Kaarli_hariduselts_Sade, lk 42
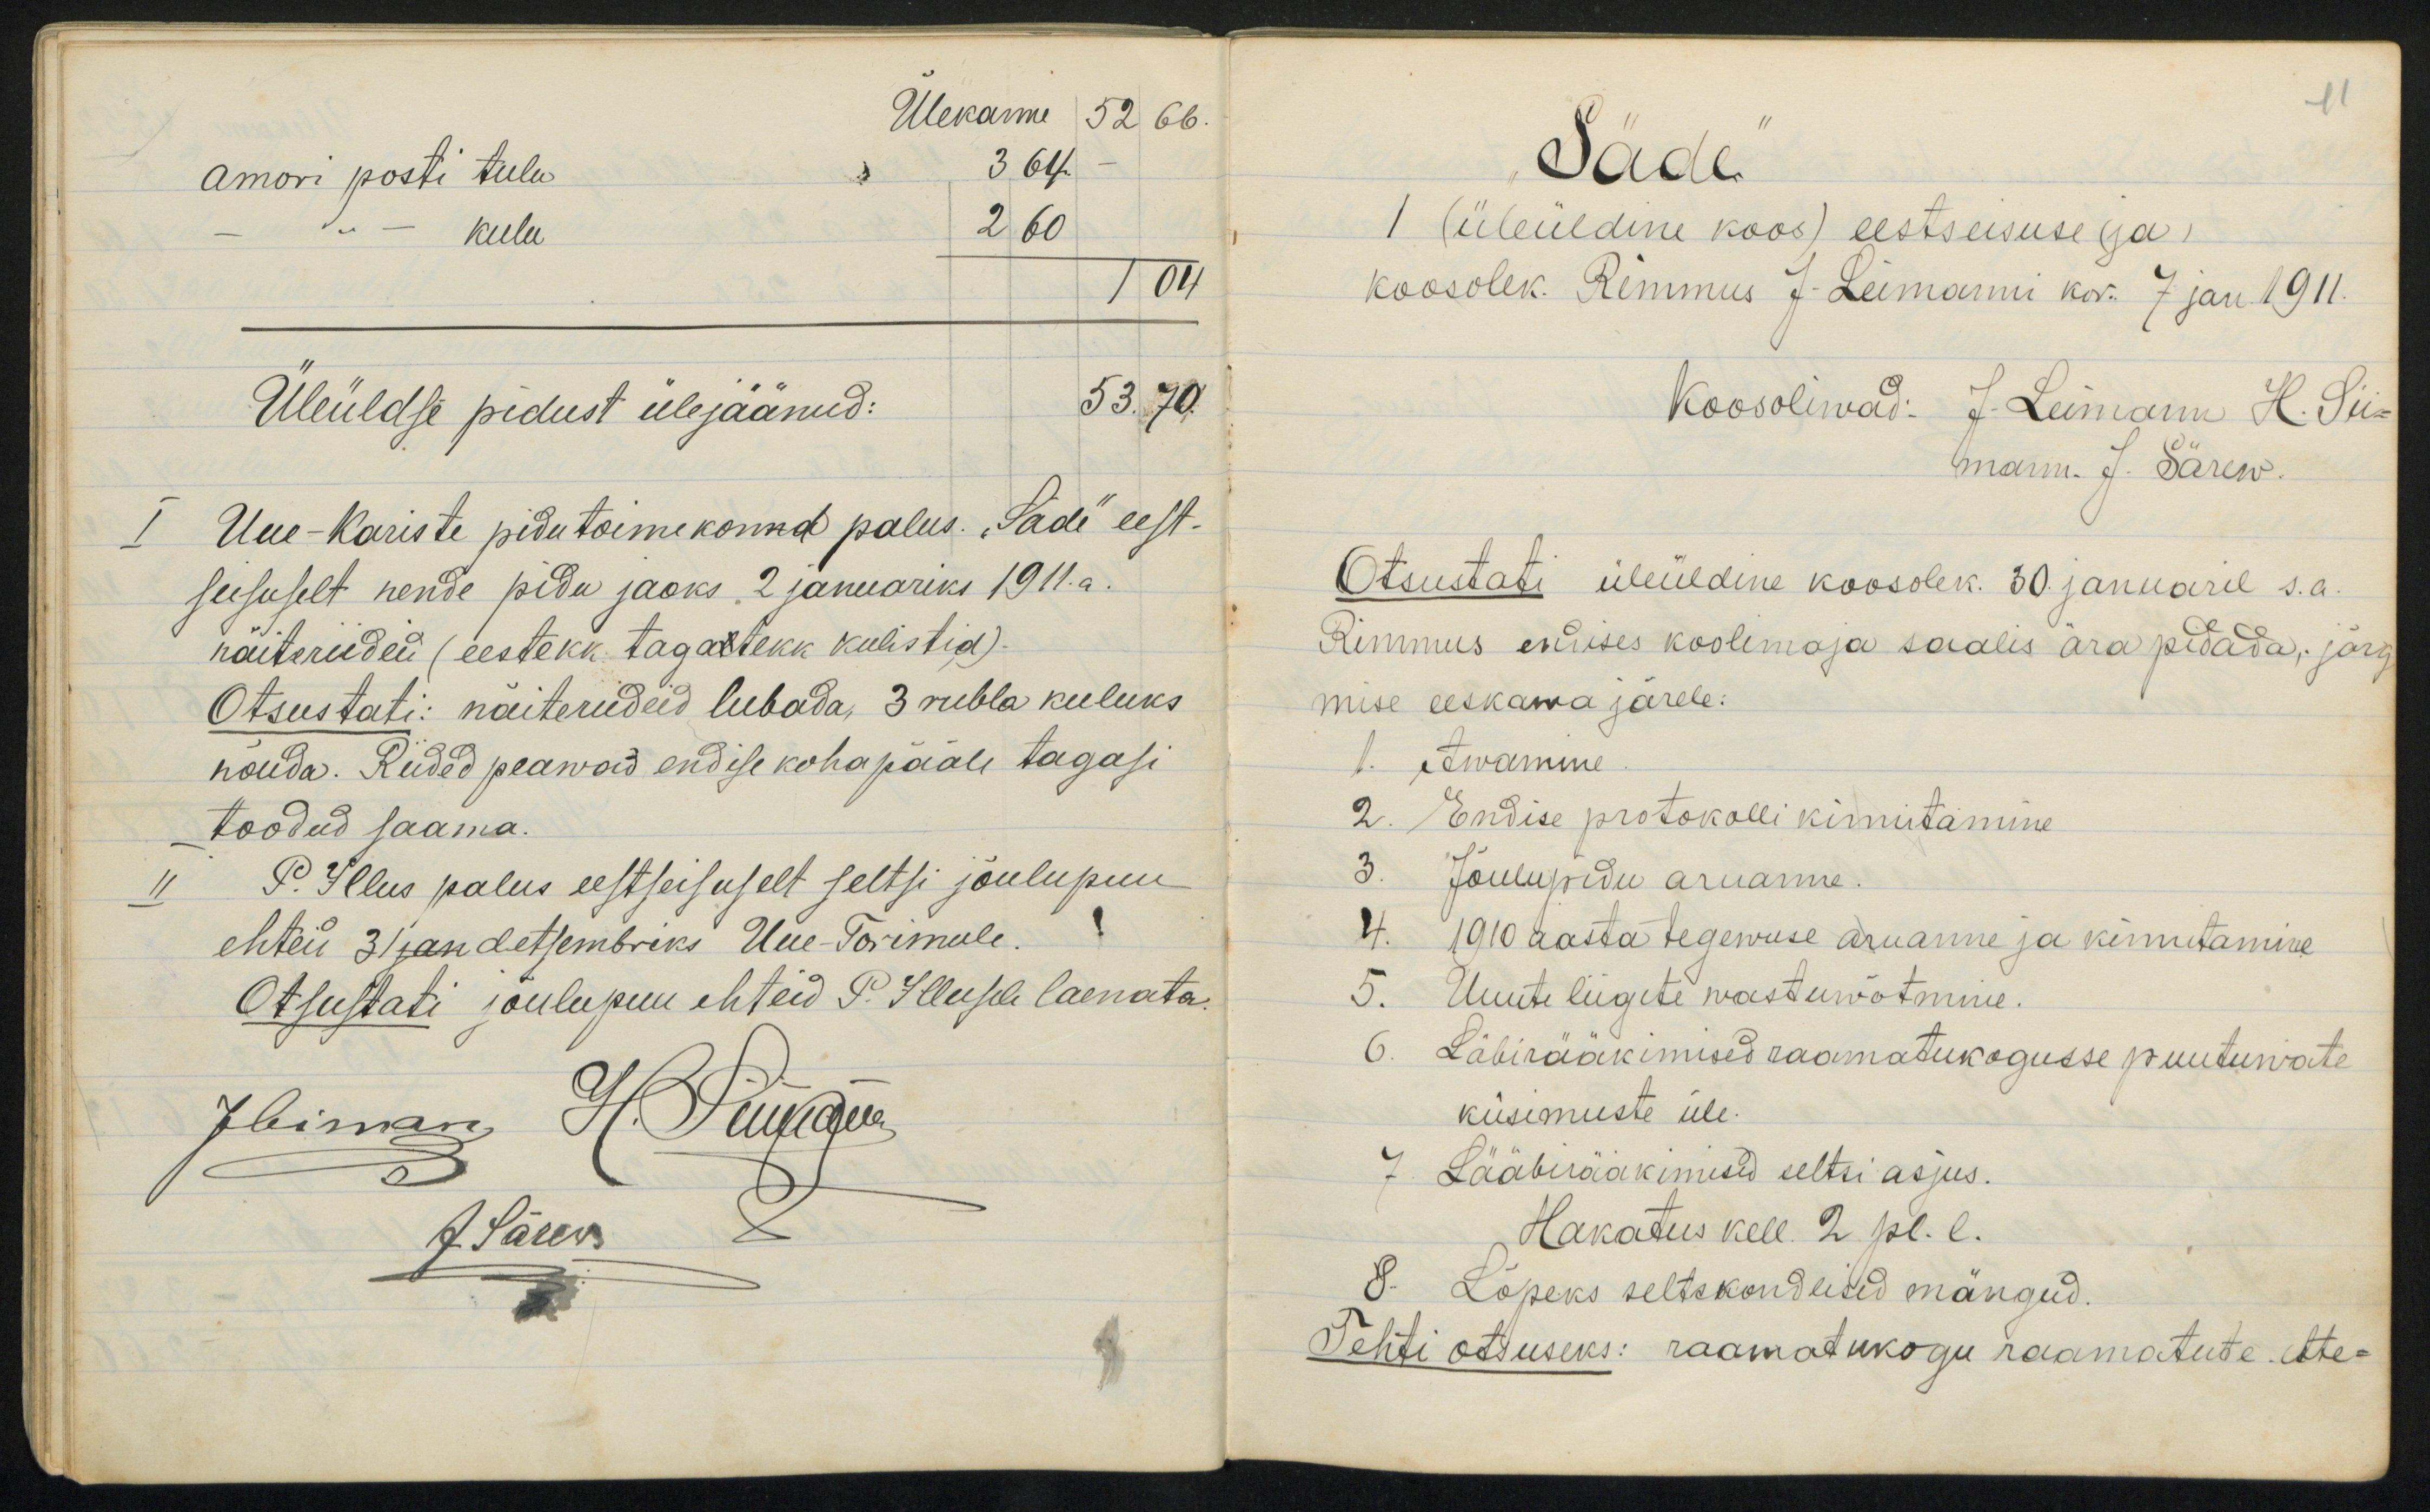
amori posti tuleskeeluÜleüldse pidust ülejaänud:Uue-Kariste pidutoimekonnd palus Sadi eest-seesuselt nende pidu jaäks 2 januariks 1911.a.naiteriiden (eestekk tagattekk kulistid).Otsustati: naiteriideed lubada, 3 rubla keeluksnõuda. Riided peawaid endise kohapääle tagasitoodud saama.So Illus palus eestseisuselt seltsi jõulupuuehten 31jandetsembriks Uue-Torimeele.Otsustati jõulupuu ehteid P. Hleusele laenata.

Sada1 Ülüldine koos) eestseisuse ga,koosolek. Remmus JLeimarnnni kor. 7 jan 1911.Otsustati üleüldine koosolek. 30 januarel s.a.Rimmus evaises koolemaja saalis ärapidada, järvmise eeskawa järele.1 eEwamme2. PEndise protokolli kimutamineJõulupidu aruanne.1910 aasta tegewuse aruanne ja kimutamineUuute liigete wastuwõtmii.Läbirääkimised raamatukogusse puutuwateküsimeeste üle-7 Lääbiääkimised seltsi asjus.Hakatus kell 2 pl. l.Lõpeks seltskondeisid mängud.Pehti eltasuas: raamatakoga raamatude elie-